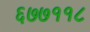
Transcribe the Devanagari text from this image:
६७७११८